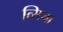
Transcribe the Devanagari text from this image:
त्सिना